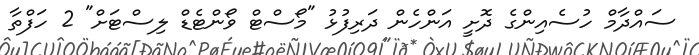
ސައްދާމް ހުސެއިންގެ ދޮށީ އަންހެން ދަރިފުޅު "މޯސްޓް ވޯންޓެޑް ލިސްޓަށް" 2 ހަފްތާ